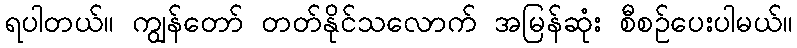
ရပါတယ်။ ကျွန်တော် တတ်နိုင်သလောက် အမြန်ဆုံး စီစဉ်ပေးပါမယ်။